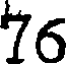
76